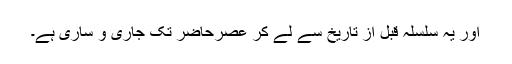
اور یہ سلسلہ قبل از تاریخ سے لے کر عصرِحاضر تک جاری و ساری ہے۔